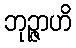
ဘုဉ္ဇာဟိ